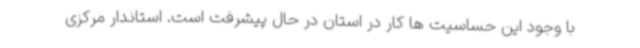
با وجود این حساسیت ها کار در استان در حال پیشرفت است. استاندار مرکزی